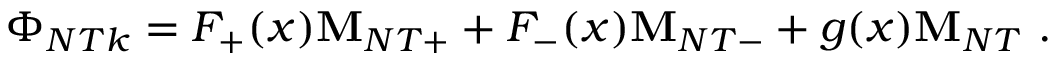
\Phi _ { N T k } = F _ { + } ( x ) { \bf M } _ { N T + } + F _ { - } ( x ) { \bf M } _ { N T - } + g ( x ) { \bf M } _ { N T } \ .